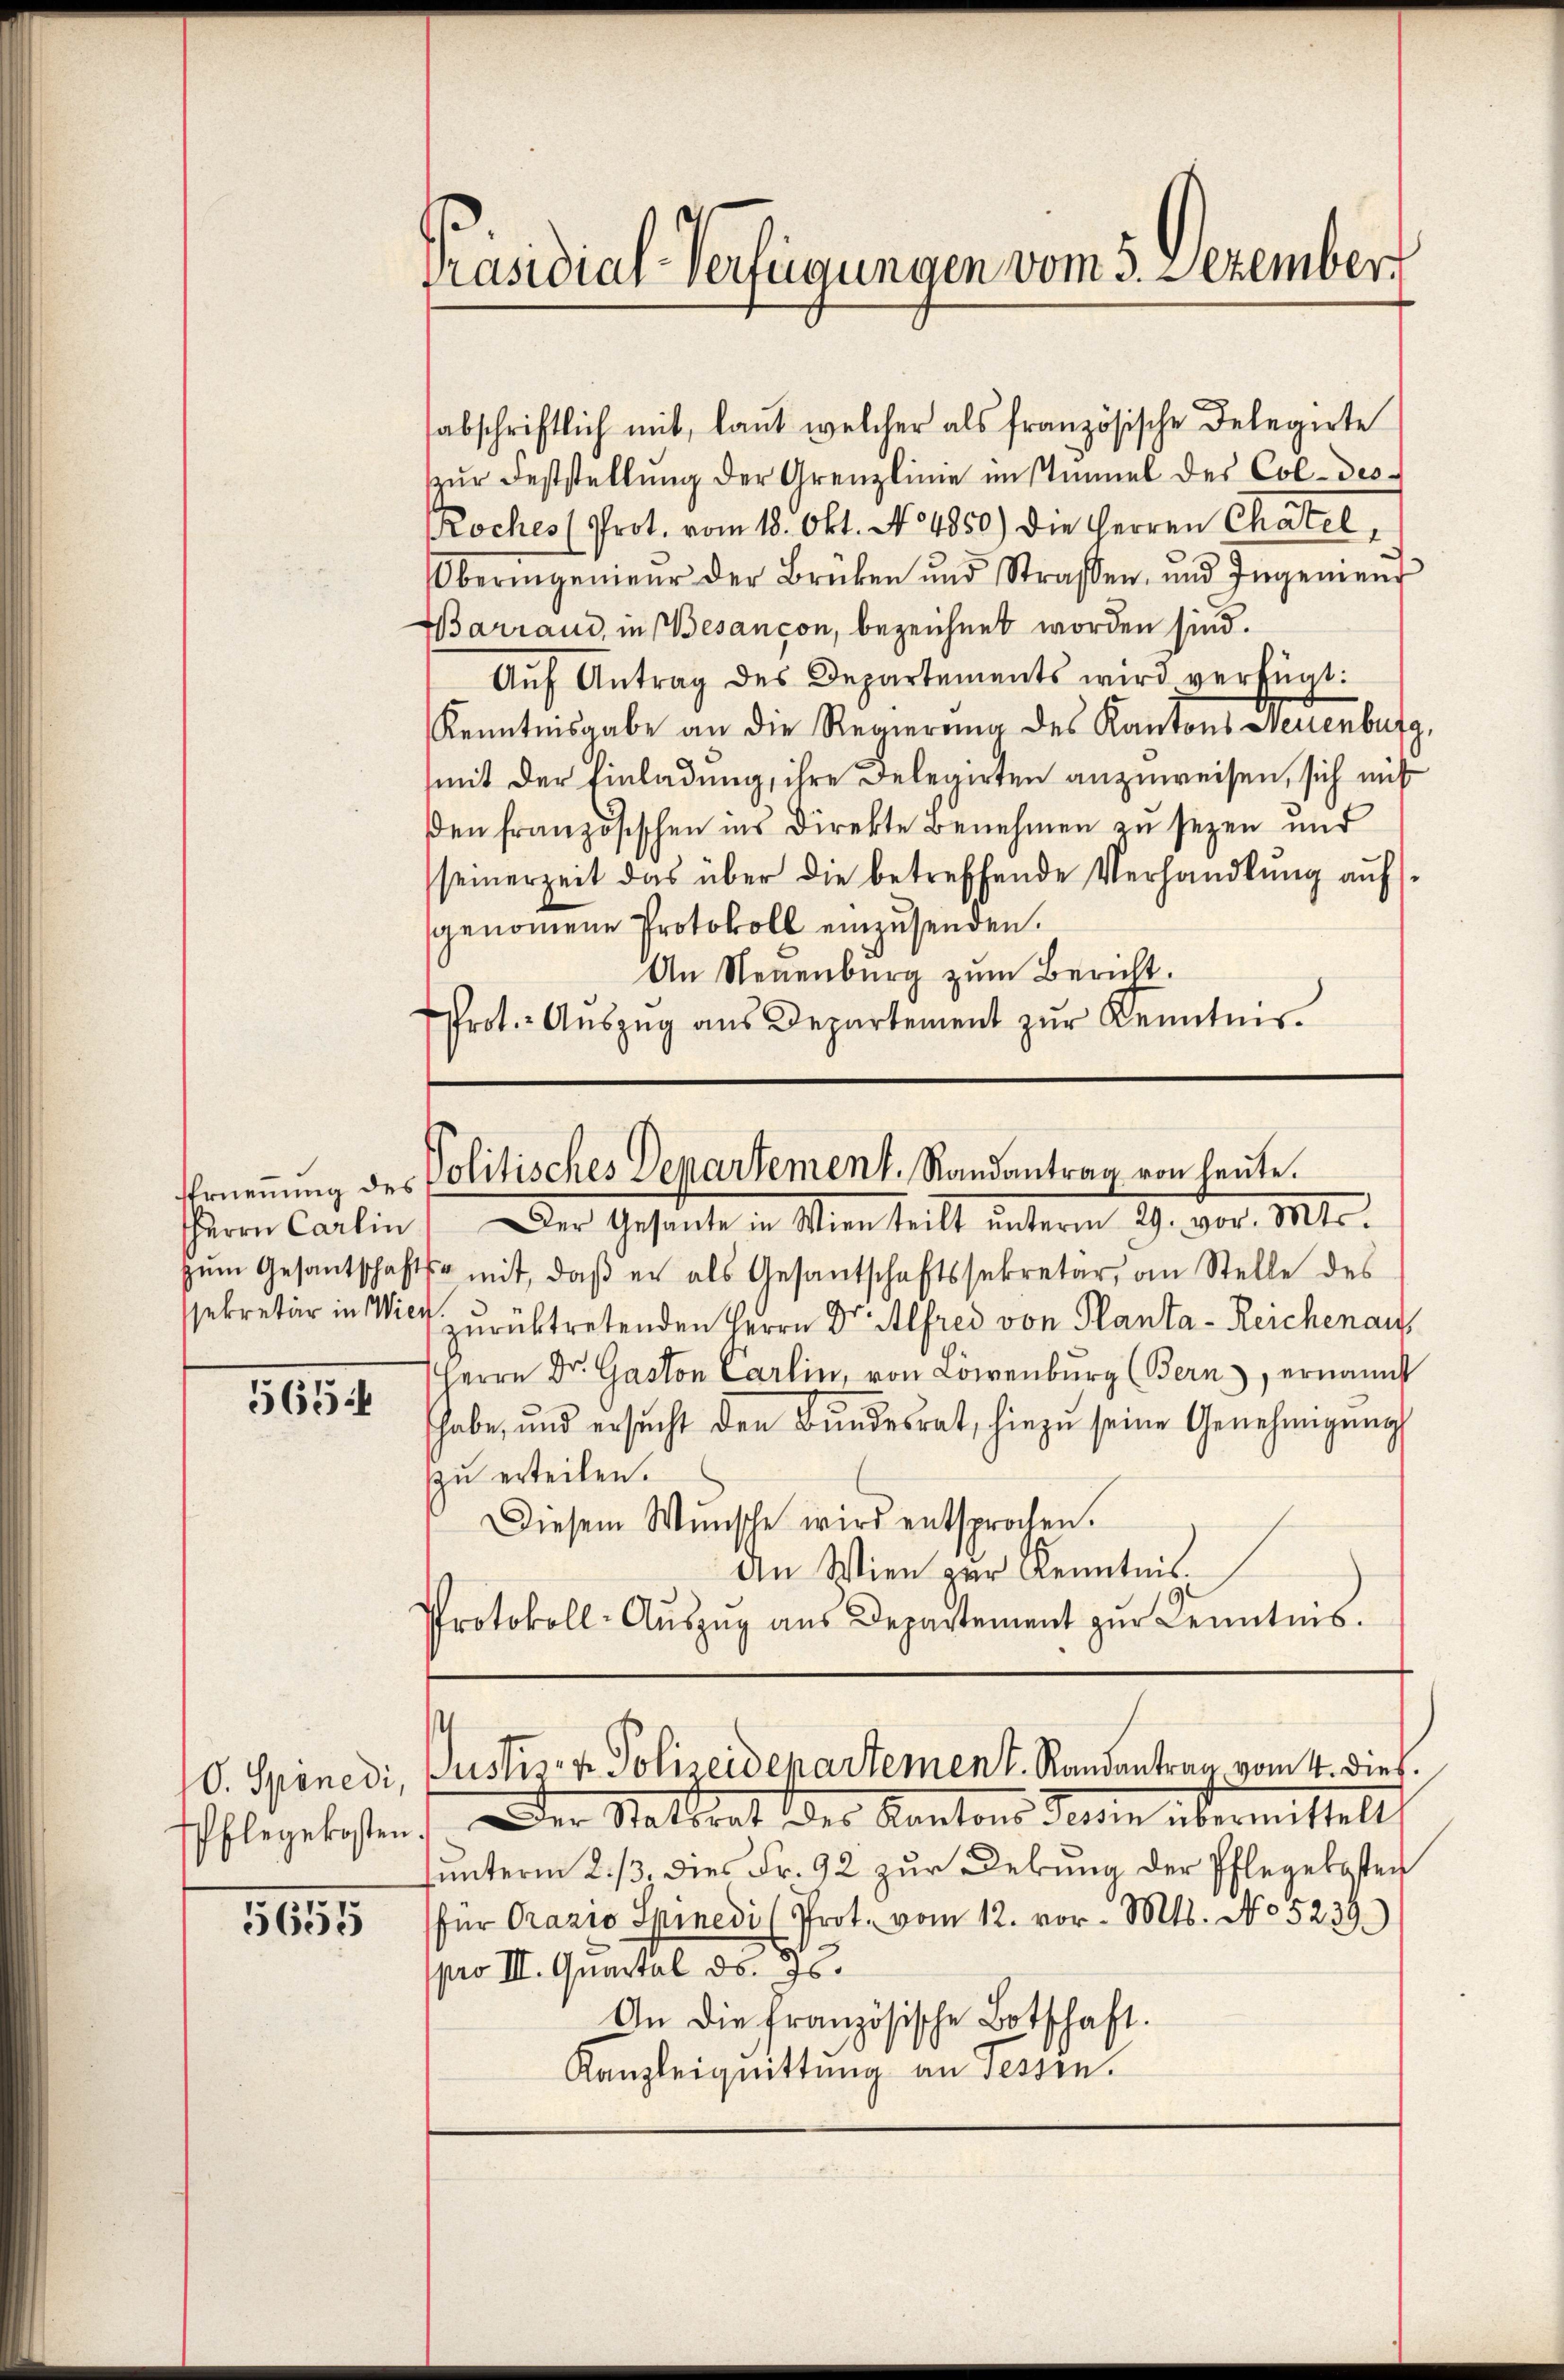
HHerrn Carlin

5654

10. Spenedi,

5655

Präsidial-Verfügungen vom 3. Dezember

abschriftlich mit, laut welcher als französische Delegirte
zŭr Feststellung der Grenzlinie im Stimmel des Col-des
Koches (Prot. vom 18. Okt. No 4850) die Herren Chatel,
beringenieur der Brüken und Straßen, und Ingenieur
Barrand, in Besançon, bezeichnet worden sind.
Aŭf Antrag des Departements wird verfügt:
Kenntnisgabe an die Regierung des Kantons Neuenburg,
(mit der Einladung, ihre Delegirten anzuweisen, sich mit
den französischen ins Direkte Benehmen zu sezen und
seinerzeit das über die betreffende Verhandlung aufssgenommene Protokoll einzusenden.
An Neuenburg zum Bericht.
Prot. Aŭszŭg aŭs Departement zŭr Kenntnis¬

Ernennung des Politisches Departement. Randantrag von heute.
Der Gesante in Wien teilt unterm 29. vor. Mts.

zŭm Gesantschafts mit, daβ er als Gesantschaftssekretär, an Stelle des
ssekretär in Wild zurücktretenden Herrn Dr. Alfred von Planta - Reichenau
Herrn Dr. Gaston Carlin, von Löwenburg (Bern, ernannt
habe, und ersŭcht den Bŭndesrat, hiezŭ seine Genehmigŭng
zu erteilen.
Diesem Wunsche wird entsprochen.
An Wien zur Kenntnis.
Protokoll-Aŭszŭg aŭs Departement zŭr Kenntnis.

Pflegekosten. Der Statthat des Kantons dein übermittelt
unterm 2./3. dies Fr. 92 zur Debung der Pflegekosten
für Orazio Spinedi (Prot. vom 12. vor. Mts. No 5239)
pro III. Quartal d. Js.
An die französische Botschaft.
Kanzleiquittung an Fessen.

Justiz- & Polizeidepartement. Randantrag vom 4. dies